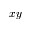
x y